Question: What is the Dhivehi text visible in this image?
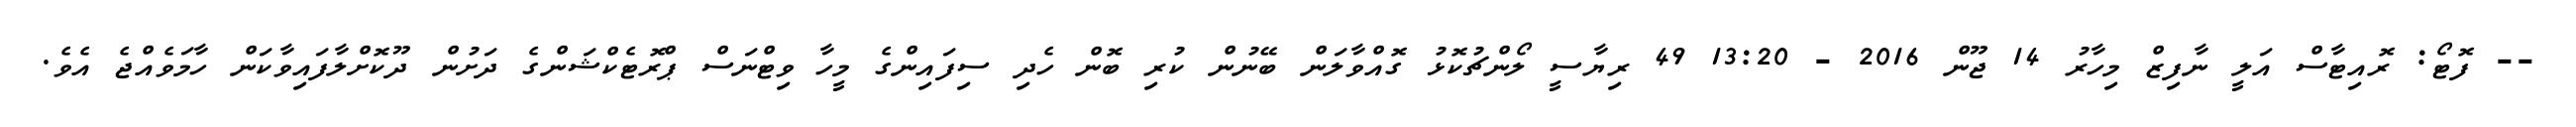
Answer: -- ފޮޓޯ: ރޮއިޓާސް އަލީ ނާފިޒް މިހާރު 14 ޖޫން 2016 - 13:20 49 ރިޔާސީ ލޯންޗުކޮޅު ގޮއްވާލަން ބޭނުން ކުރި ބޮން ހެދި ސިފައިންގެ މީހާ ވިޓްނަސް ޕްރޮޓެކްޝަންގެ ދަށުން ދޫކޮށްލާފައިވާކަން ހާމަވެއްޖެ އެވެ.